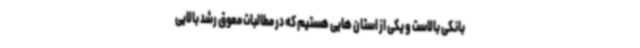
بانکی بالاست و یکی از استان هایی هستیم که در مطالبات معوق رشد بالایی